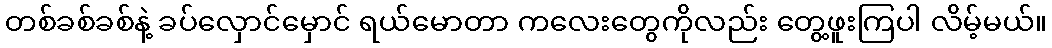
တစ်ခစ်ခစ်နဲ့ ခပ်လှောင်မှောင် ရယ်မောတာ ကလေးတွေကိုလည်း တွေ့ဖူးကြပါ လိမ့်မယ်။